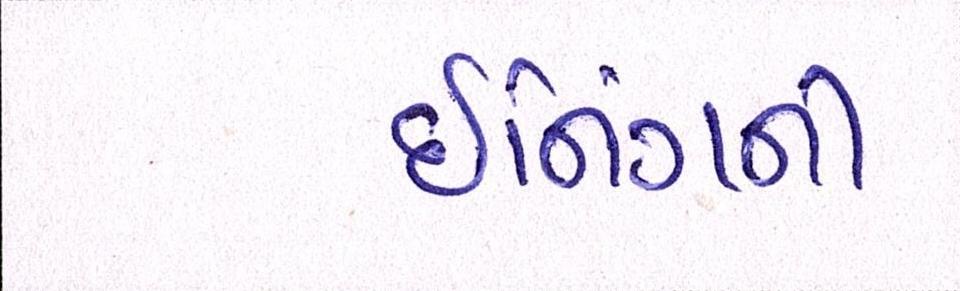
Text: ઈનિંગની